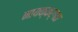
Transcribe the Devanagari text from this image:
नायक्कर्गळ